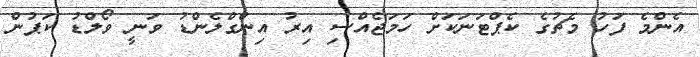
އެންމެ ފަހު މެޗުގެ ކެޕްޓަނަކަށް ހަމަޖެއްސި އިރު އިންގްލެންޑު ވަނީ ވޯލްޑު ކަޕުން